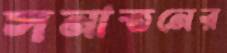
সনাতনের